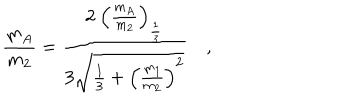
\frac { m _ { A } } { m _ { 2 } } = \frac { 2 ~ \left( \frac { m _ { A } } { m _ { 2 } } \right) _ { \frac { 1 } { 3 } } } { 3 \sqrt { \frac { 1 } { 3 } + \left( \frac { m _ { 1 } } { m _ { 2 } } \right) ^ { 2 } } } \quad ,